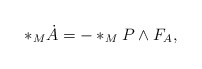
\begin{align*}\ast_{M}\dot{A}=-\ast_{M}P\wedge F_{A},\end{align*}